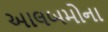
આલબમોના